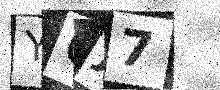
Text: YQJ7